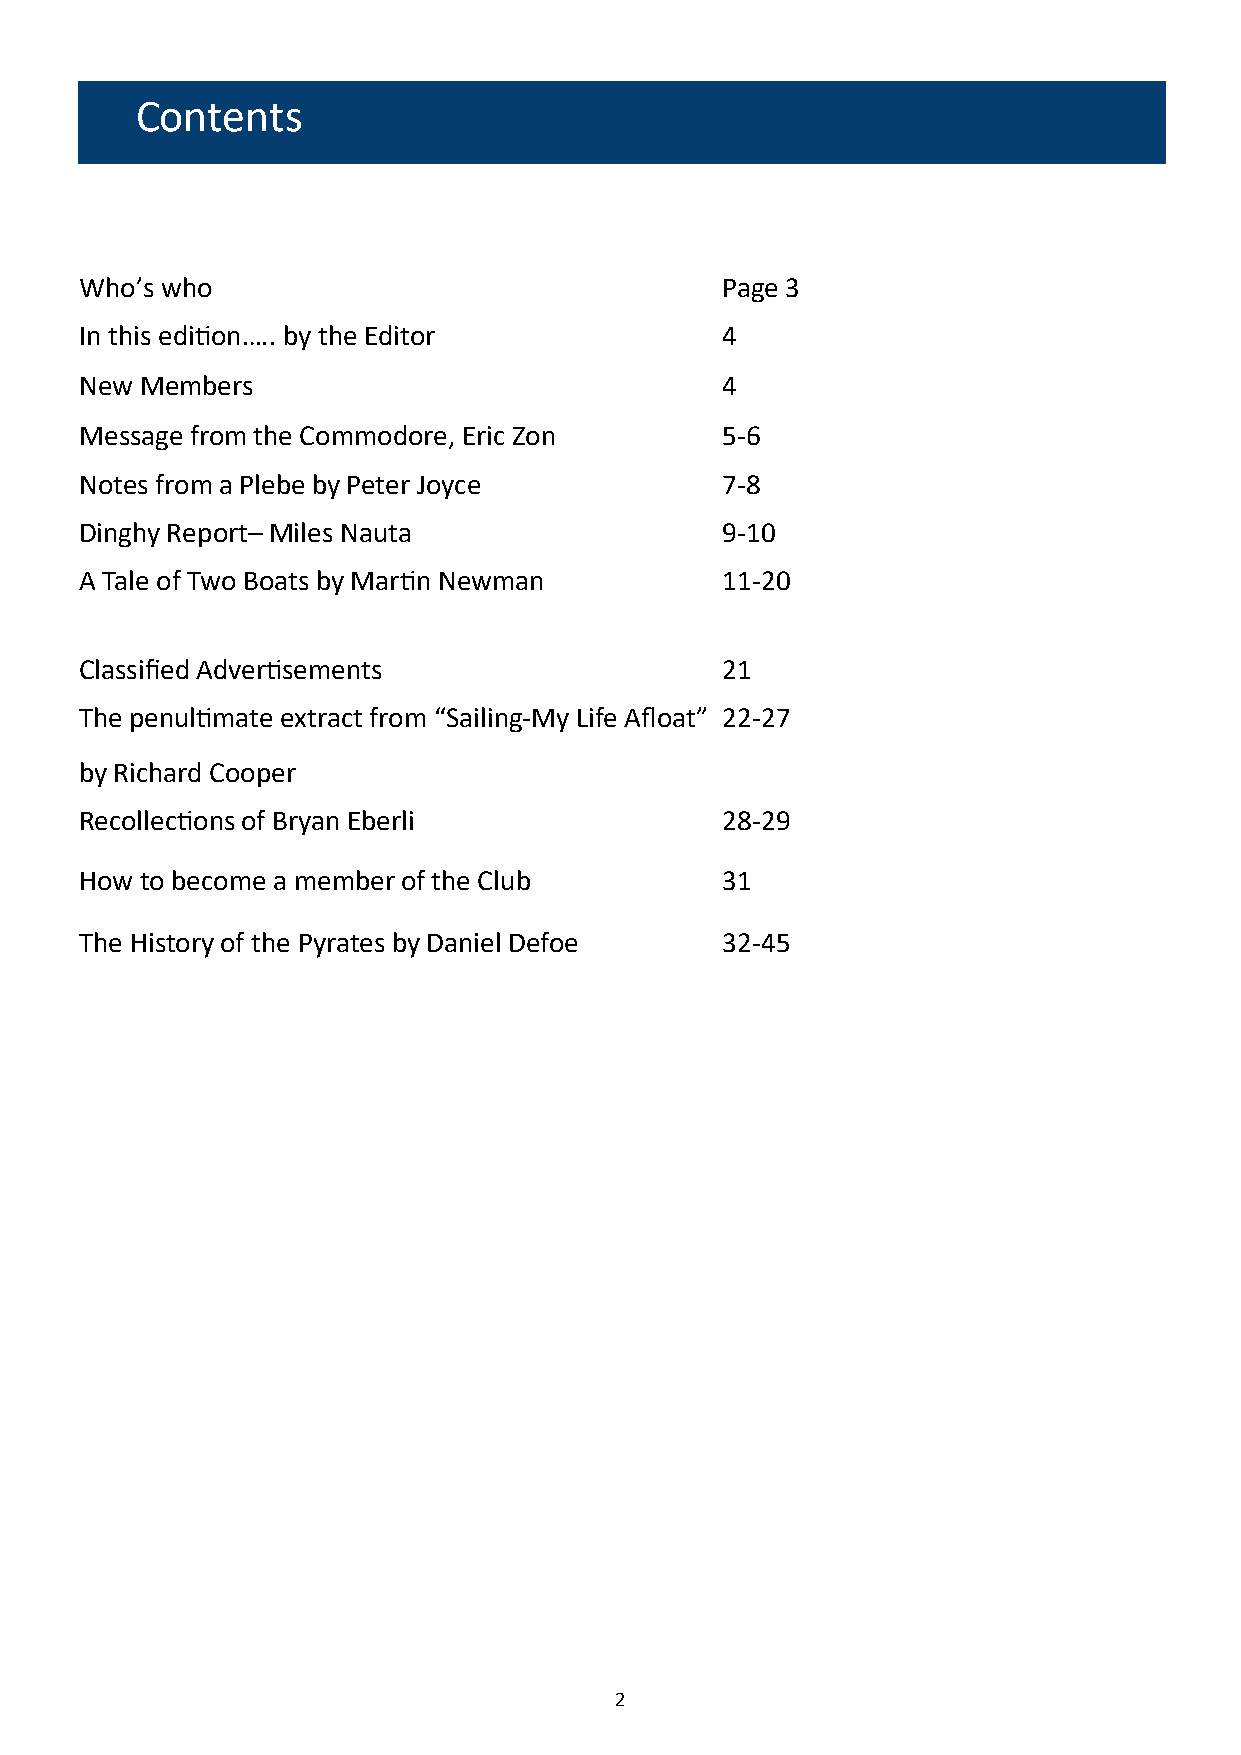
Contents
 Who’s who                                  Page 3
 In this edition….. by the Editor           4
 New Members                                4
 Message from the Commodore, Eric Zon       5-6
 Notes from a Plebe by Peter Joyce          7-8
 Dinghy Report– Miles Nauta                 9-10
 A Tale of Two Boats by Martin Newman       11-20
 Classified Advertisements                  21
 The penultimate extract from “Sailing-My Life Afloat” 22-27
 by Richard Cooper
 Recollections of Bryan Eberli              28-29
 How to become a member of the Club         31
 The History of the Pyrates by Daniel Defoe 32-45
 2